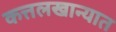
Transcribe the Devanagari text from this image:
कत्तलखान्यात